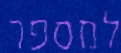
למספר